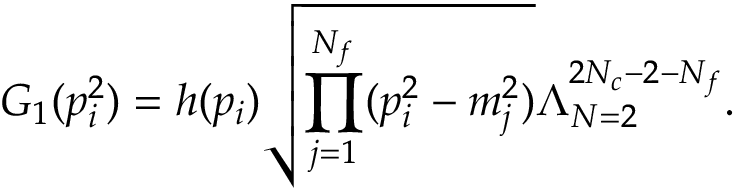
G _ { 1 } ( p _ { i } ^ { 2 } ) = h ( p _ { i } ) \sqrt { \prod _ { j = 1 } ^ { N _ { f } } ( p _ { i } ^ { 2 } - m _ { j } ^ { 2 } ) } \Lambda _ { N = 2 } ^ { 2 N _ { c } - 2 - N _ { f } } .